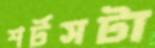
শর্টসটা